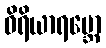
ဝိရိယာရမ္ဘော